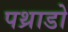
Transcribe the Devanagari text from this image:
पथ्राडो